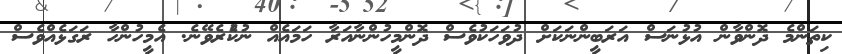
ކިތަންމެ ދޮންވާން އުޅުނަސް އަރަބީންނަކަށް ދުވަހަކުވެސް ދޮންމީހުންނާއަރާ ހަމައެއް ނުކުެރެވޭނެ. އެމީހުންހާ ރަގަޅެއްވެސް